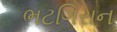
ભટગિરાન